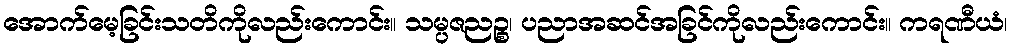
အောက်မေ့ခြင်းသတိကိုလည်းကောင်း။ သမ္ပဇညဉ္စ၊ ပညာအဆင်အခြင်ကိုလည်းကောင်း။ ကရဏီယံ၊